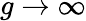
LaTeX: g\to\infty